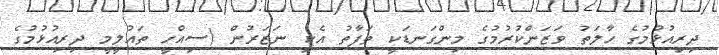
ދިރިއުޅުމުގެ ހާލަތު ވަޒަންކުރުމުގެ މިންގަނޑަކީ ތަފާތު އެކި ނަޒަރުން (ސިއްހީ ތައުލީމީ ދިރިއުޅުމުގެ